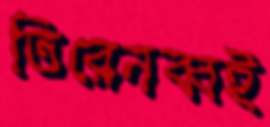
তিরেনব্বই